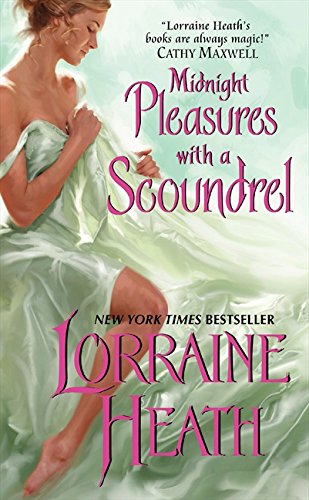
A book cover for Midnight Pleasures With a Scoundrel (Scoundrels of St. James); Lorraine Heath; Romance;